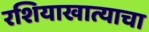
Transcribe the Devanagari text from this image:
रशियाखात्याचा